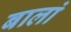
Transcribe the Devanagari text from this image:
बालां